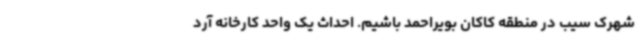
شهرک سیب در منطقه کاکان بویراحمد باشیم. احداث یک واحد کارخانه آرد